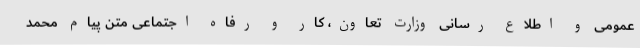
عمومی و اطلاع رسانی وزارت تعاون، کار و رفاه اجتماعی متن پیام محمد